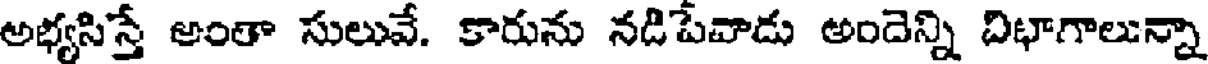
అభ్యసిస్తే అంతా సులువే. కారును నడిపేవాడు అందెన్ని దిభాగాలున్నా